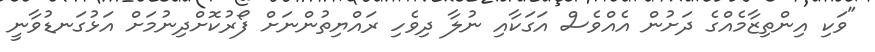
"ވަކި އިންތިޒާމެއްގެ ދަށުން އެއްވެސް އަގަކާއި ނުލާ ދިވެހި ރައްޔިތުންނަށް ފޯރުކޮށްދިނުމަށް އަޅުގަނޑުވާނީ